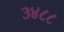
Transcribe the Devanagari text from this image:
३४८८